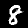
Label: 8